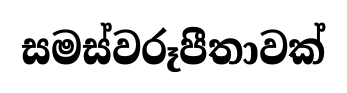
සමස්වරූපීතාවක්